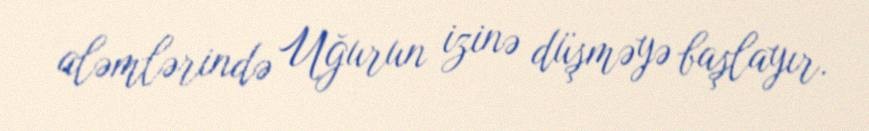
aləmlərində Uğurun izinə düşməyə başlayır.